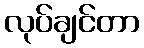
လုပ်ချင်တာ